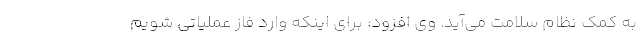
به کمک نظام سلامت می‌آید. وی افزود: برای اینکه وارد فاز عملیاتی شویم